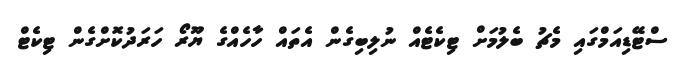
ސްޓޭޑިއަމްގައި މެޗު ބެލުމަށް ޓިކެޓެއް ނުލިބިގެން އެތައް ހާހެއްގެ ޔޫރޯ ހަރަދުކޮށްގެން ޓިކެޓް